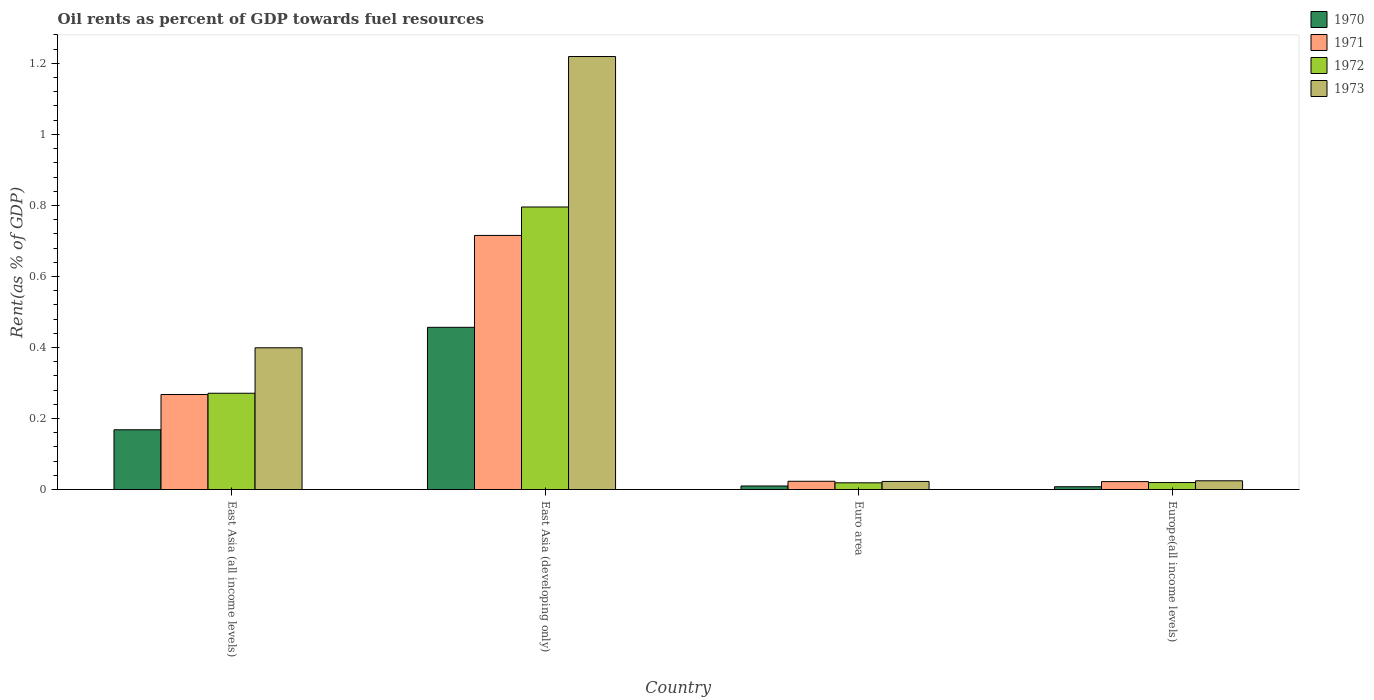
| Country | 1970 | 1971 | 1972 | 1973 |
 | --- | --- | --- | --- | --- |
 | East Asia (all income levels) | 0.168 | 0.268 | 0.271 | 0.399 |
 | East Asia (developing only) | 0.457 | 0.716 | 0.796 | 1.22 |
 | Euro area | 0.00995 | 0.0232 | 0.0189 | 0.0228 |
 | Europe(all income levels) | 0.00784 | 0.0223 | 0.0196 | 0.0246 |